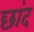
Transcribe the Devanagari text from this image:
छांद